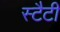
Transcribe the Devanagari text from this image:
स्टैटी